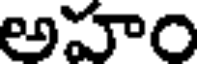
అహం